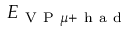
E _ { \mathrm { ~ V ~ P ~ } \mu + \mathrm { ~ h ~ a ~ d ~ } }